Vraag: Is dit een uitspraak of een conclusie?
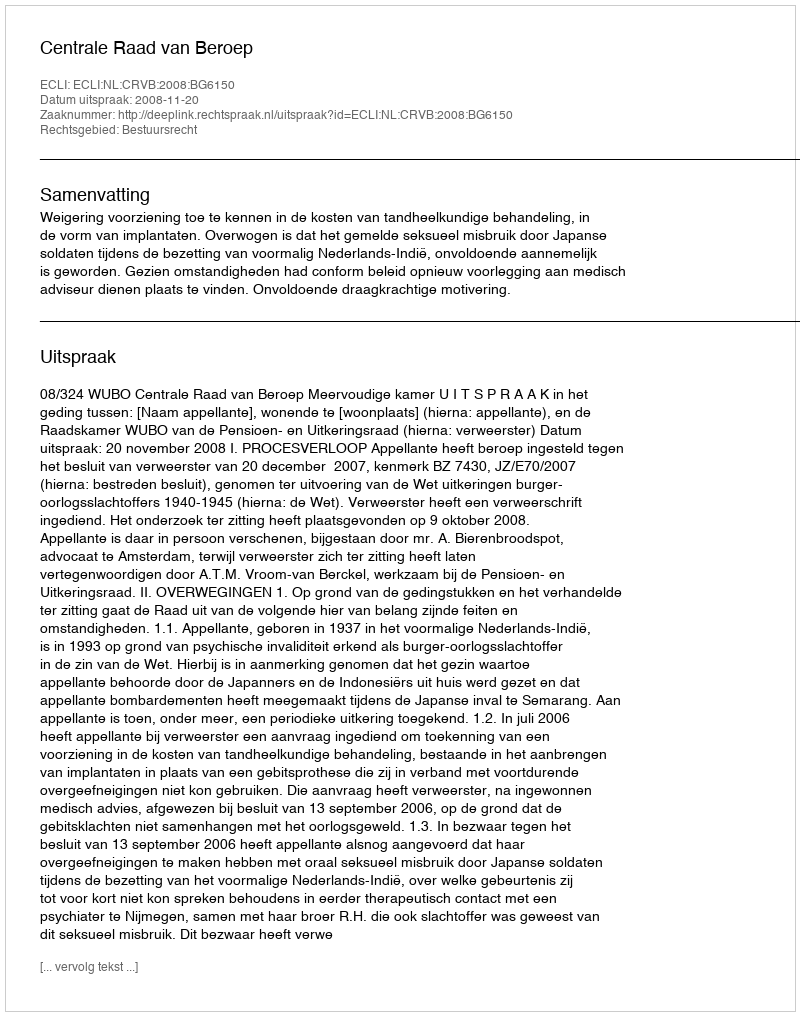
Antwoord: Uitspraak